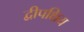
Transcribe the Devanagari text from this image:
द्वीपक्षिय